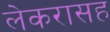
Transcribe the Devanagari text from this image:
लेकरासह